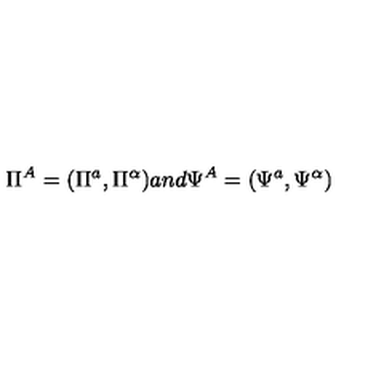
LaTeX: \Pi ^ { A } = ( \Pi ^ { a } , \Pi ^ { \alpha } ) a n d \Psi ^ { A } = ( \Psi ^ { a } , \Psi ^ { \alpha } )